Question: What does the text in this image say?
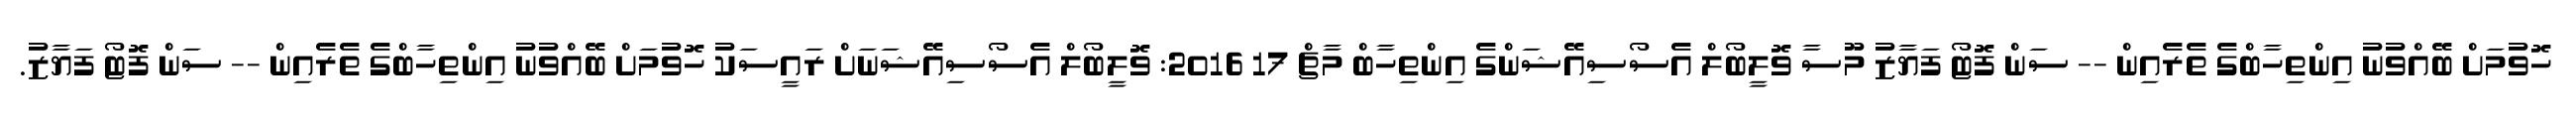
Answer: ހޮވުމަށް ބޭއްވުނު އިންތިހާބްގެ ތެރެއިން -- ސަން ފޮޓޯ ފަޔާޒު މޫސާ ވޮލީބޯލް އެސޯސިއޭޝަންގެ އިންތިހާބް މާޗް 17 2016: ވޮލީބޯލް އެސޯސިއޭޝަނަށް ރައީސަކު ހޮވުމަށް ބޭއްވުނު އިންތިހާބްގެ ތެރެއިން -- ސަން ފޮޓޯ ފަޔާޒު.